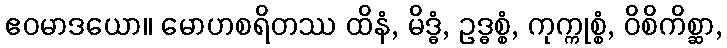
ဧဝမာဒယော။ မောဟစရိတဿ ထိနံ, မိဒ္ဓံ, ဥဒ္ဓစ္စံ, ကုက္ကုစ္စံ, ဝိစိကိစ္ဆာ,